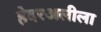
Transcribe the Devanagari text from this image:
हेदरअलीला